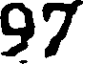
97